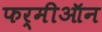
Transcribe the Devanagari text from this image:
फर्मीऑन